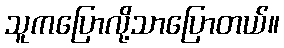
သူကပြောလို့သာပြောတယ်။